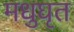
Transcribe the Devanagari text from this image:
मधुघृत